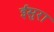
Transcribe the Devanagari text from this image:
ईसुरा